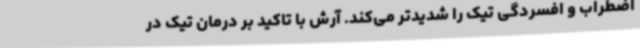
اضطراب و افسردگی تیک را شدیدتر می‌کند. آرش با تاکید بر درمان تیک در